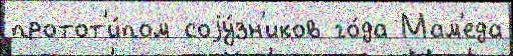
протот'и́пом соjу́зн'иков го́да Мам'еда